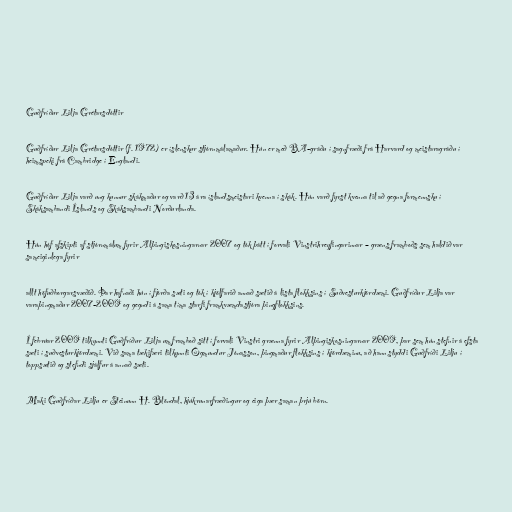
Guðfríður Lilja Grétarsdóttir

Guðfríður Lilja Grétarsdóttir (f. 1972) er íslenskur stjórnmálamaður. Hún er með BA-gráðu í sagnfræði frá Harvard og meistaragráðu í
heimspeki frá Cambridge í Englandi.

Guðfríður Lilja varð ung kunnur skákmaður og varð 13 ára íslandsmeistari kvenna í skák. Hún varð fyrst kvenna til að gegna formennsku í
Skáksambandi Íslands og Skáksambandi Norðurlanda.

Hún hóf afskipti af stjórnmálum fyrir Alþingiskosningarnar 2007 og tók þátt í forvali Vinstrihreyfingarinnar – græns framboðs sem haldið var
sameiginlega fyrir

allt höfuðborgarsvæðið. Þar hafnaði hún í fjórða sæti og tók í kjölfarið annað sætið á lista flokksins í Suðvesturkjördæmi. Guðfríður Lilja var
varaþingmaður 2007-2009 og gegndi á sama tíma starfi framkvæmdastjóra þingflokksins.

Í febrúar 2009 tilkynnti Guðfríður Lilja um framboð sitt í forvali Vinstri grænna fyrir Alþingiskosningarnar 2009, þar sem hún stefnir á efsta
sæti í suðvesturkjördæmi. Við sama tækifæri tilkynnti Ögmundur Jónasson, þingmaður flokksins í kjördæminu, að hann styddi Guðfríði Lilju í
toppsætið og stefndi sjálfur á annað sæti.

Maki Guðfríðar Lilju er Steinunn H. Blöndal, hjúkrunarfræðingur og eiga þær saman þrjú börn.